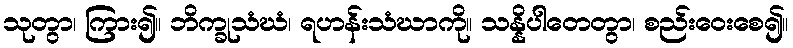
သုတွာ၊ ကြား၍။ ဘိက္ခုသံဃံ၊ ရဟန်းသံဃာကို။ သန္နိပါတေတွာ၊ စည်းဝေးစေ၍။